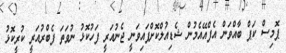
ޕޮމިސް ކަޕް ބާއްވަން އެފްއޭއެމުން ޝެޑިއުލްކޮށްފައިވަނީ ޖެނުއަރީ ފަހުކޮޅު ނުވަތަ ފެބްރުއަރީ ކުރީކޮޅު